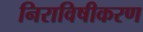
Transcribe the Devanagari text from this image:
निराविषीकरण